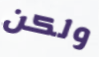
ولكن